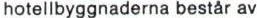
hotellbyggnaderna består av